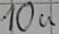
Text: 10u